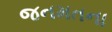
જનમતના